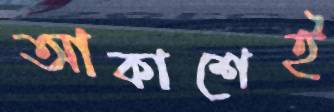
আকাশেই